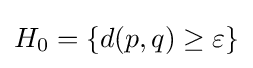
H_{0}=\{d(p,q)\geq \varepsilon \}